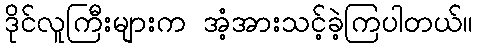
ဒိုင်လူကြီးများက အံ့အားသင့်ခဲ့ကြပါတယ်။